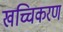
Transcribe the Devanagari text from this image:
खच्चिकरण